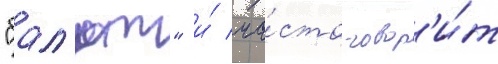
"бал'ют" и́ ча́сто говор'и́т